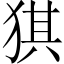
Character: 猉